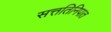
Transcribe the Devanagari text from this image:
सत्ततिनिपात